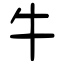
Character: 牛